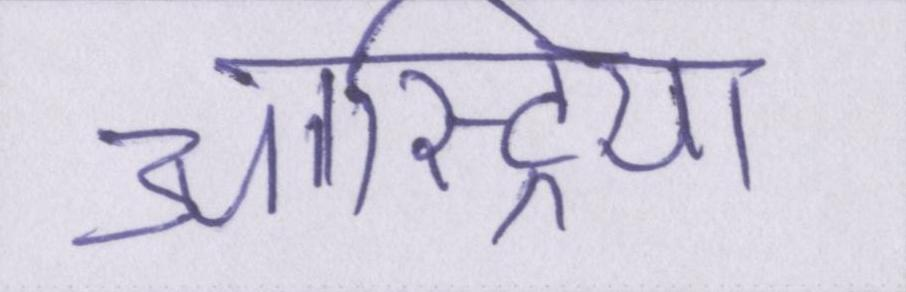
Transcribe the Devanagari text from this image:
आस्ट्रिया